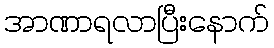
အာဏာရလာပြီးနောက်